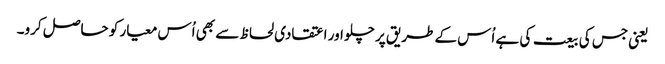
یعنی جس کی بیعت کی ہے اُس کے طریق پر چلو اور اعتقادی لحاظ سے بھی اُس معیار کو حاصل کرو۔